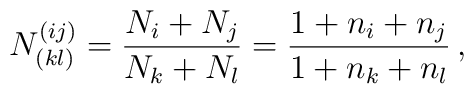
N^{(ij)}_{(kl)}={{N_i+N_j}\over {N_k+N_l}}={{1+n_i+n_j}\over {1+n_k+n_l}}\, ,